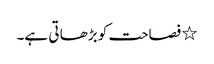
٭ فصاحت کو بڑھا تی ہے۔